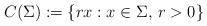
LaTeX: \begin{align*}C(\Sigma) := \{rx: x\in \Sigma, \, r> 0\}\end{align*}